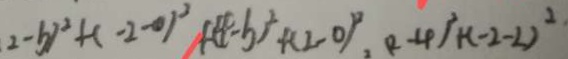
( 2 - b ) ^ { 2 } + ( - 2 - 0 ) ^ { 2 } + ( 4 - b ) ^ { 2 } + ( 2 - 0 ) ^ { 2 } , ( 2 - 4 ) ^ { 2 } + ( - 2 - 2 ) ^ { 2 }